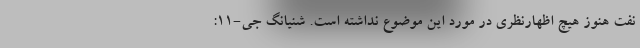
نفت هنوز هیچ اظهارنظری در مورد این موضوع نداشته است. شنیانگ جی-11: